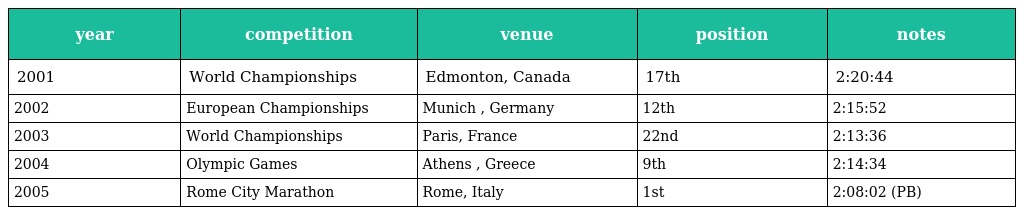
| year | competition | venue | position | notes |
 | --- | --- | --- | --- | --- |
 | 2001 | World Championships | Edmonton, Canada | 17th | 2:20:44 |
 | 2002 | European Championships | Munich , Germany | 12th | 2:15:52 |
 | 2003 | World Championships | Paris, France | 22nd | 2:13:36 |
 | 2004 | Olympic Games | Athens , Greece | 9th | 2:14:34 |
 | 2005 | Rome City Marathon | Rome, Italy | 1st | 2:08:02 (PB) |